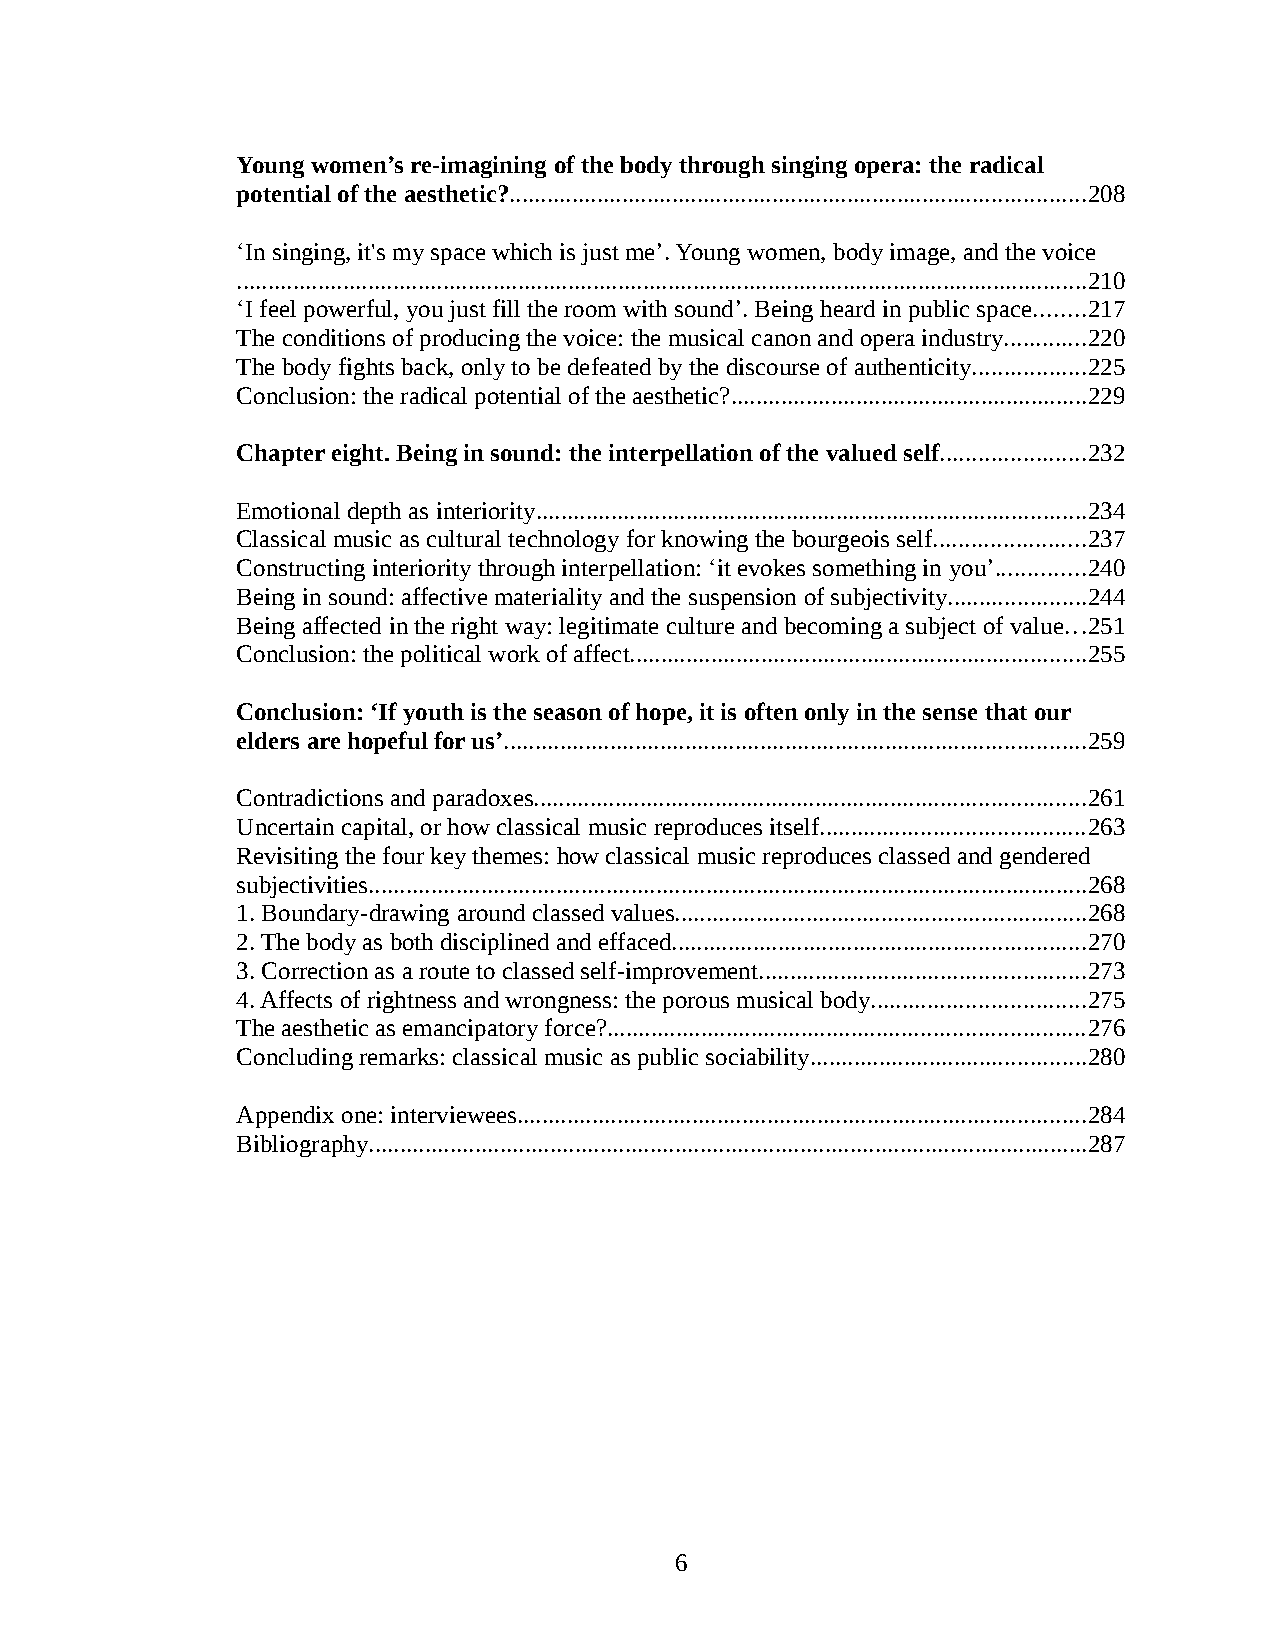
Young women’s re-imagining of the body through singing opera: the radical
 potential of the aesthetic?............................................................................................208
 ‘In singing, it's my space which is just me’. Young women, body image, and the voice
 ........................................................................................................................................210
 ‘I feel powerful, you just fill the room with sound’. Being heard in public space........217
 The conditions of producing the voice: the musical canon and opera industry.............220
 The body fights back, only to be defeated by the discourse of authenticity..................225
 Conclusion: the radical potential of the aesthetic?.........................................................229
 Chapter eight. Being in sound: the interpellation of the valued self.......................232
 Emotional depth as interiority........................................................................................234
 Classical music as cultural technology for knowing the bourgeois self........................237
 Constructing interiority through interpellation: ‘it evokes something in you’..............240
 Being in sound: affective materiality and the suspension of subjectivity......................244
 Being affected in the right way: legitimate culture and becoming a subject of value...251
 Conclusion: the political work of affect.........................................................................255
 Conclusion: ‘If youth is the season of hope, it is often only in the sense that our
 elders are hopeful for us’.............................................................................................259
 Contradictions and paradoxes........................................................................................261
 Uncertain capital, or how classical music reproduces itself..........................................263
 Revisiting the four key themes: how classical music reproduces classed and gendered
 subjectivities...................................................................................................................268
 1. Boundary-drawing around classed values..................................................................268
 2. The body as both disciplined and effaced..................................................................270
 3. Correction as a route to classed self-improvement....................................................273
 4. Affects of rightness and wrongness: the porous musical body..................................275
 The aesthetic as emancipatory force?............................................................................276
 Concluding remarks: classical music as public sociability............................................280
 Appendix one: interviewees...........................................................................................284
 Bibliography...................................................................................................................287
 6